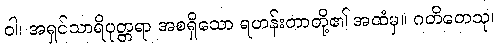
ဝါ၊ အရှင်သာရိပုတ္တရာ အစရှိသော ရဟန်းတာတို့၏ အထံမှ။ ဂတိတေသု၊